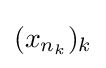
(x_{n_{k}})_{k}